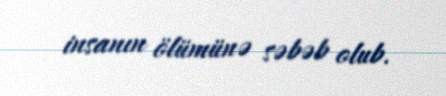
insanın ölümünə səbəb olub.